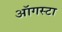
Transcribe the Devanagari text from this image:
ऑगस्‍टा